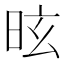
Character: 昡